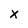
Character: x